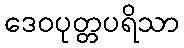
ဒေဝပုတ္တပရိသာ